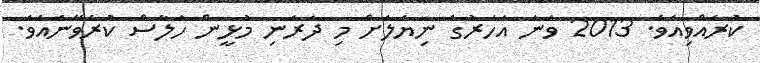
ކުރެއްވިއެވެ. 2013 ވަނަ އަހަރުގެ ނިޔަލަށް މި ދަރަނި މުޅީން ހަލާސް ކުރެވޭނެއެވެ.